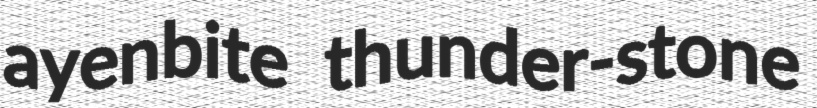
ayenbite thunder-stone